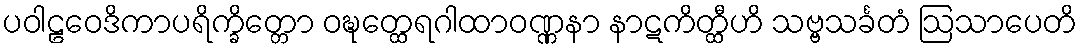
ပဝါဠဝေဒိကာပရိက္ခိတ္တော ဝဍ္ဎတ္ထေရဂါထာဝဏ္ဏနာ နာဋကိတ္ထီဟိ သဗ္ဗသင်္ခတံ ဩသာပေတိ